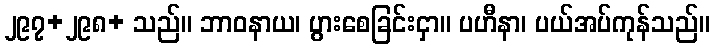
၂၉၇+၂၉၈+ သည်။ ဘာဝနာယ၊ ပွားစေခြင်းငှာ။ ပဟီနာ၊ ပယ်အပ်ကုန်သည်။